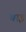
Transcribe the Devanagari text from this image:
चाइ